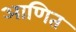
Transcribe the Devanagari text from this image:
आणित